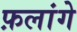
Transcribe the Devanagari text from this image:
फ़लांगे